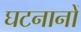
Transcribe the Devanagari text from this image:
घटनानों